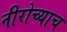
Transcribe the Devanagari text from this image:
नीरोच्याच